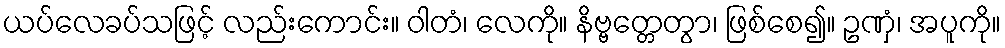
ယပ်လေခပ်သဖြင့် လည်းကောင်း။ ဝါတံ၊ လေကို။ နိဗ္ဗတ္တေတွာ၊ ဖြစ်စေ၍။ ဥဏှံ၊ အပူကို။